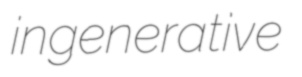
ingenerative